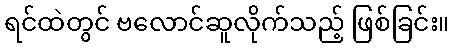
ရင်ထဲတွင် ဗလောင်ဆူလိုက်သည့် ဖြစ်ခြင်း။